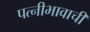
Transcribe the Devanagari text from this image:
पत्नीभावाची